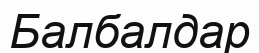
Балбалдар